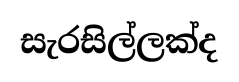
සැරසිල්ලක්ද